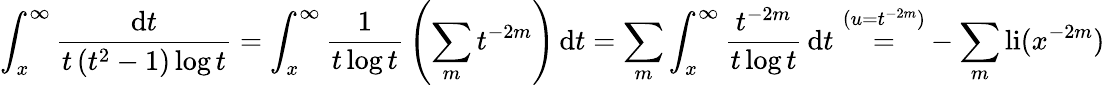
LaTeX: \int_{x}^{\infty}{\frac{\mathrm{d}t}{t\left(t^{2}-1\right)\log t}}=\int_{x}^{\infty}{\frac{1}{t\log t}}\left(\sum_{m}t^{-2m}\right)\, \mathrm{d}t=\sum_{m}\int_{x}^{\infty}{\frac{t^{-2m}}{t\log t}}\, \mathrm{d}t\, \, {\overset{(u=t^{-2m})}{=}}-\sum_{m}\operatorname{li}(x^{-2m})